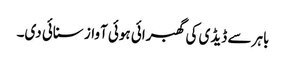
باہر سے ڈیڈی کی گھبرائی ہوئی آواز سنائی دی۔